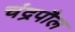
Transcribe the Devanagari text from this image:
चंद्रपौल